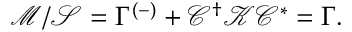
\mathcal { M } / \mathcal { S } = \Gamma ^ { ( - ) } + \mathcal { C } ^ { \dag } \mathcal { K } \mathcal { C } ^ { * } = \Gamma .